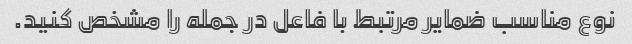
نوع مناسب ضمایر مرتبط با فاعل در جمله را مشخص کنید.